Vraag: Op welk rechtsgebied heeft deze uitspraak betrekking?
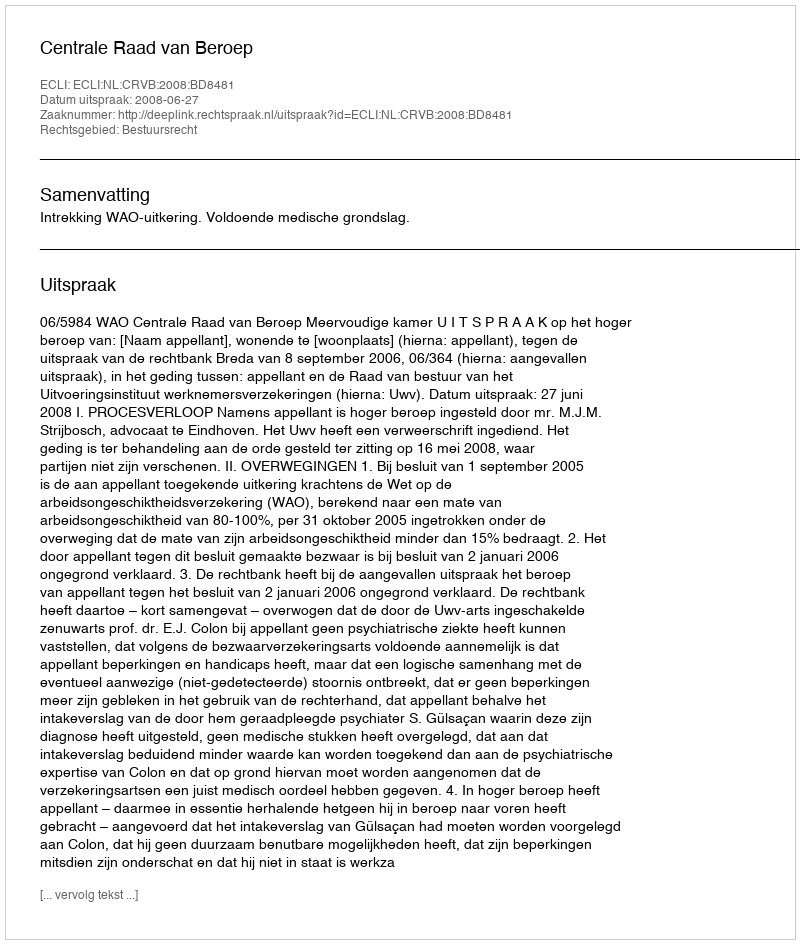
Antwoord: Bestuursrecht